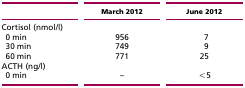
<table><thead><tr><td></td><td><b>March 2012</b></td><td><b>June 2012</b></td></tr></thead><tbody><tr><td>Cortisol (nmol/l)</td><td></td><td></td></tr><tr><td> 0 min</td><td>956</td><td> 7</td></tr><tr><td> 30 min</td><td>749</td><td> 9</td></tr><tr><td> 60 min</td><td>771</td><td>25</td></tr><tr><td>ACTH (ng/l)</td><td></td><td></td></tr><tr><td> 0 min</td><td>–</td><td>&lt;5</td></tr></tbody></table>